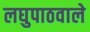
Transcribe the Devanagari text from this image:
लघुपाठवाले